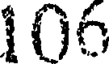
106